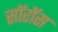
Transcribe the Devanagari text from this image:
सॉरॉस